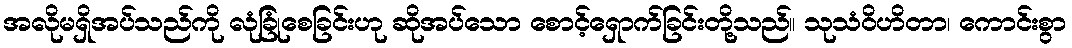
အလိုမရှိအပ်သည်ကို လုံခြုံစေခြင်းဟု ဆိုအပ်သော စောင့်ရှောက်ခြင်းတို့သည်။ သုသံဝိဟိတာ၊ ကောင်းစွာ